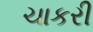
ચાકરી